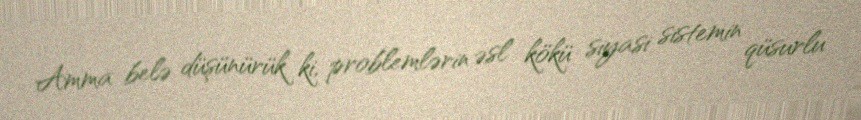
Amma belə düşünürük ki, problemlərin əsl kökü siyasi sistemin qüsurlu